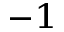
^ { - 1 }